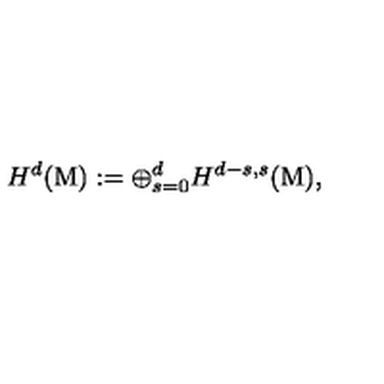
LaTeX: { H ^ { d } } ( \mathrm { M } ) : = { \displaystyle { \displaystyle \oplus _ { s = 0 } ^ { d } } } { H ^ { d - s , s } } ( { \mathrm { M } } ) ,